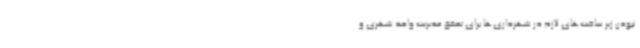
نبودن زیر ساخت‌های لازم در شهرداری‌ها برای تحقق مدیریت واحد شهری و